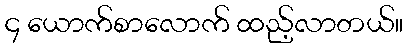
၄ ယောက်စာလောက် ထည့်လာတယ်။